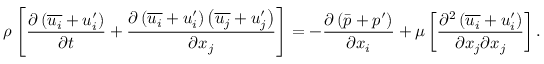
\rho \left[ { \frac { \partial \left( { \overline { { u _ { i } } } } + u _ { i } ^ { \prime } \right) } { \partial t } } + { \frac { \partial \left( { \overline { { u _ { i } } } } + u _ { i } ^ { \prime } \right) \left( { \overline { { u _ { j } } } } + u _ { j } ^ { \prime } \right) } { \partial x _ { j } } } \right] = - { \frac { \partial \left( { \bar { p } } + p ^ { \prime } \right) } { \partial x _ { i } } } + \mu \left[ { \frac { \partial ^ { 2 } \left( { \overline { { u _ { i } } } } + u _ { i } ^ { \prime } \right) } { \partial x _ { j } \partial x _ { j } } } \right] .